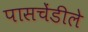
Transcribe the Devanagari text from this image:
पासचेंडीले